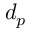
d _ { p }